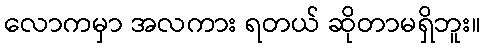
လောကမှာ အလကား ရတယ် ဆိုတာမရှိဘူး။